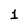
Character: 1